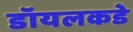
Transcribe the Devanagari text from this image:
डॉयलकडे